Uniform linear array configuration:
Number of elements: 48
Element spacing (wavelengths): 0.25
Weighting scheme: hamming
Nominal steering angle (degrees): -30
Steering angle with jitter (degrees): -29.692
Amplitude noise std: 0.05
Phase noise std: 0.05

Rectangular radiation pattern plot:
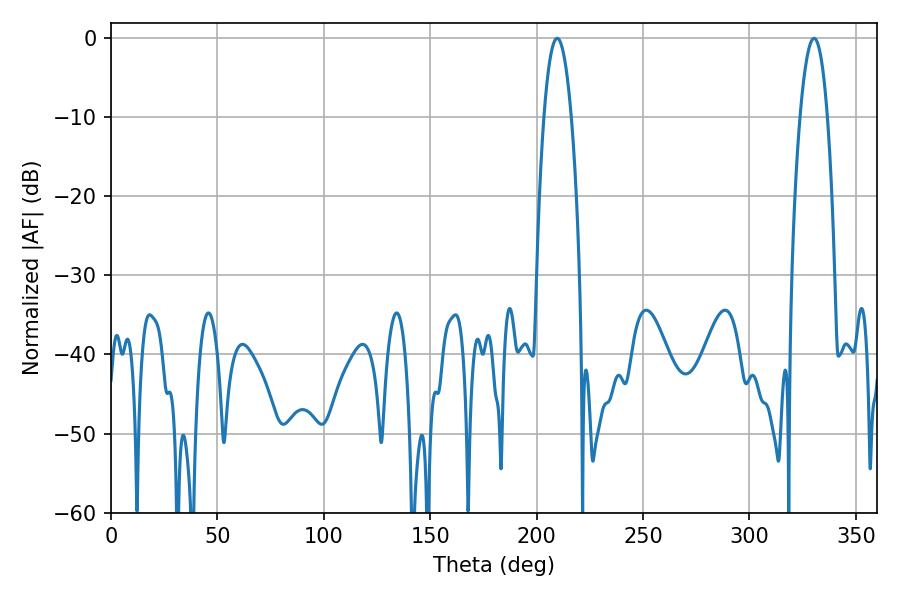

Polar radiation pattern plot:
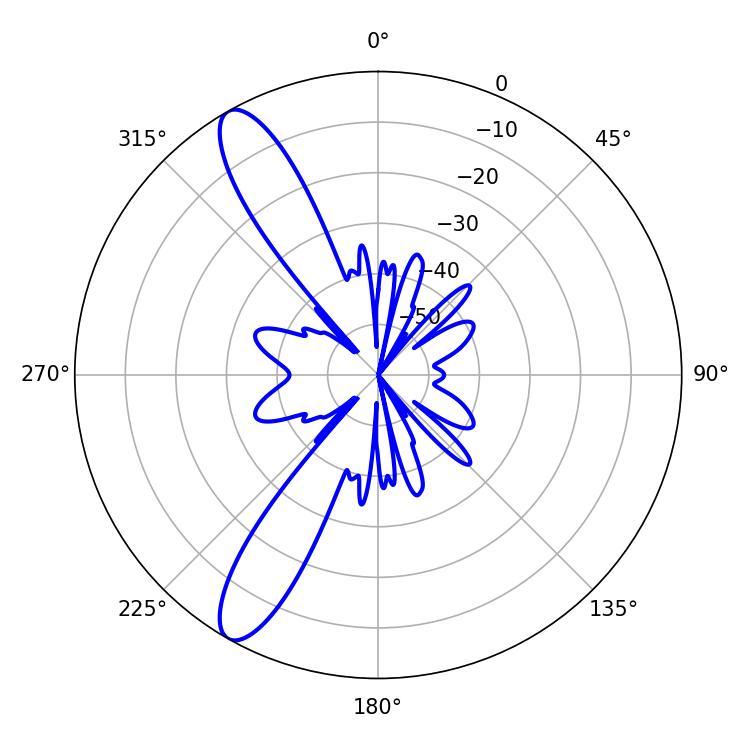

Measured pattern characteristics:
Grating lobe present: FALSE
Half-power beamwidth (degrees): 7.2
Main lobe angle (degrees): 209.7